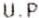
U.P